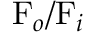
\mathrm { F } _ { o } / \mathrm { F } _ { i }